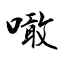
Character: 噉